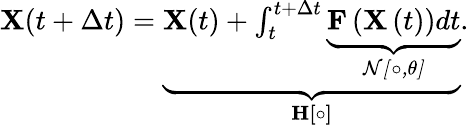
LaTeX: \begin{array}{r}{\mathbf{X}(t+\Delta t)=\underbrace{\mathbf{X}(t)+\int_{t}^{t+\Delta t}\underbrace{\mathbf{F}\left(\mathbf{X}\left(t\right)\right)dt}_{\mathcal{N[\circ,\theta]}}}_{\mathbf{H[\circ]}}.}\end{array}